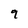
Character: 9